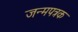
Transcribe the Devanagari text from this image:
जन्मपत्रक